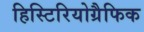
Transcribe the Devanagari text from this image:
हिस्टिरियोग्रैफिक